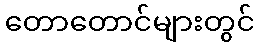
တောတောင်များတွင်